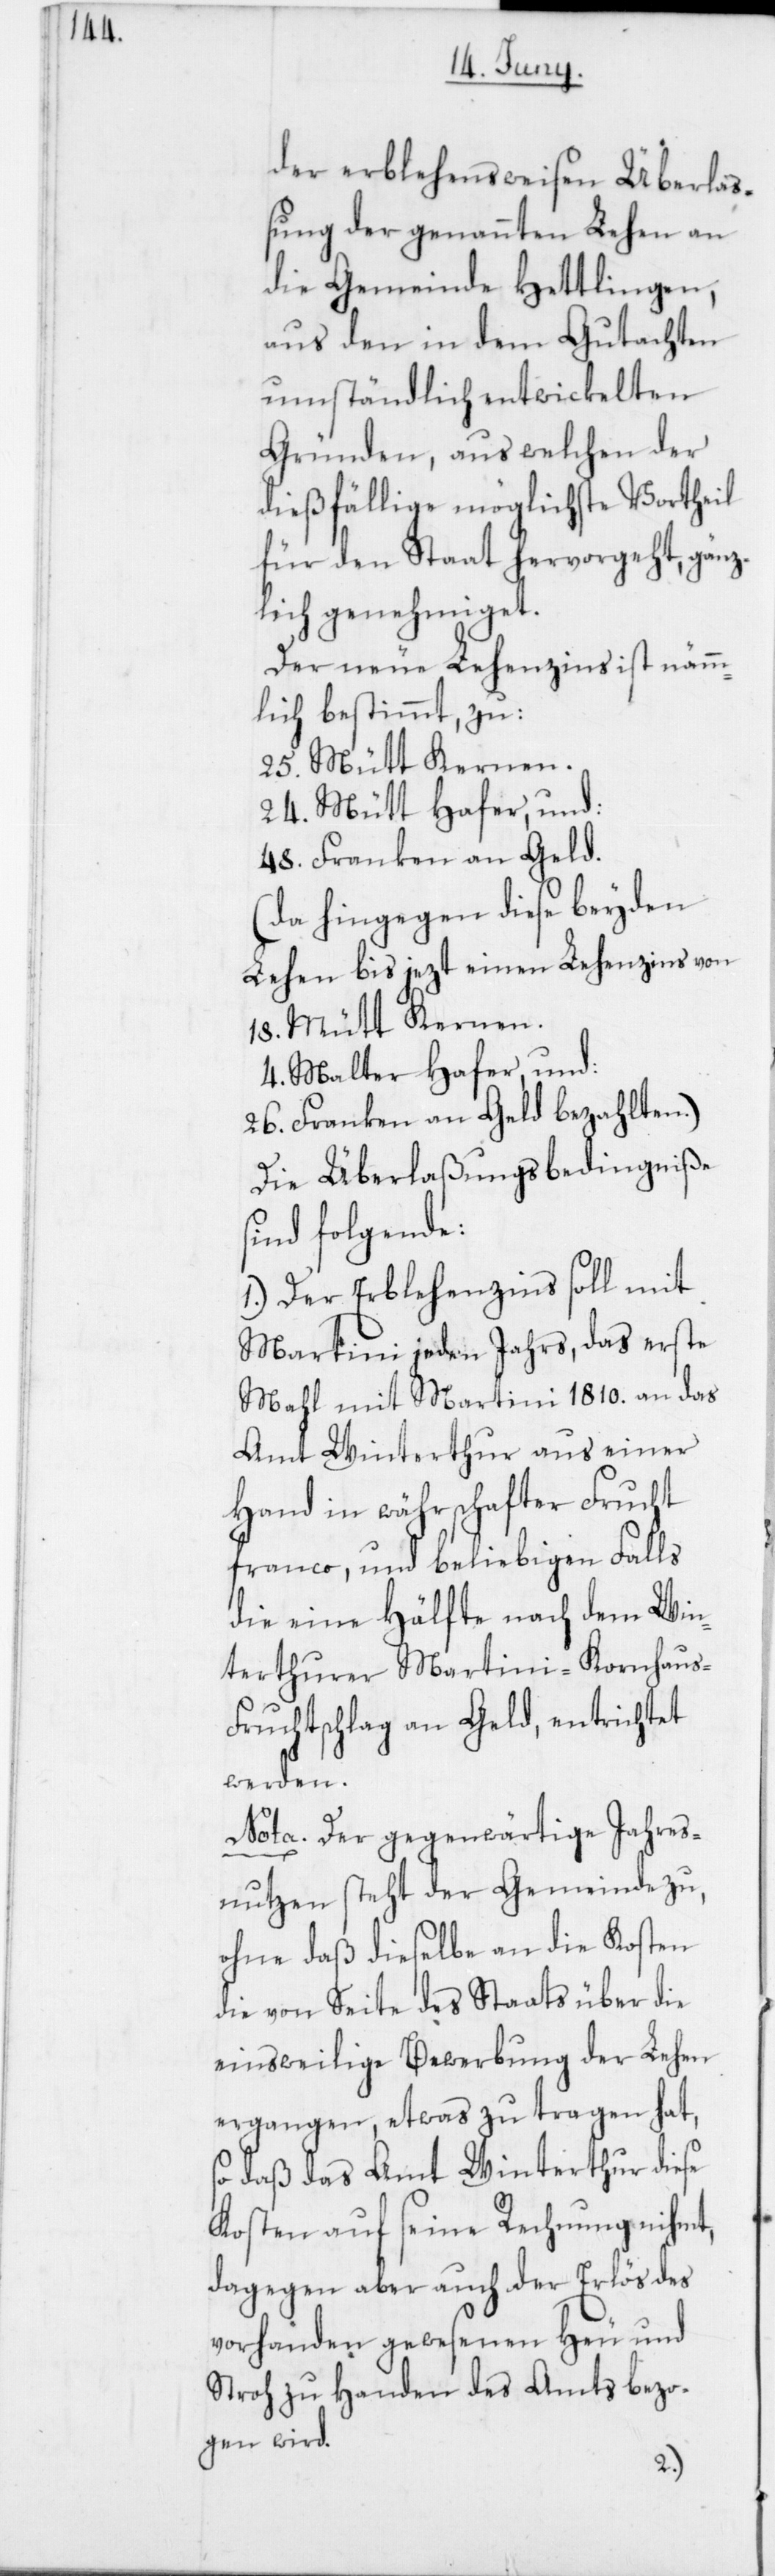
der erblehensweisen Überla¬
ßung der genannten Lehen an
die Gemeinde Hettlingen,
aus den in dem Gutachten
umständlich entwickelten
Gründen, aus welchen der
dießfällige möglichste Vortheil
für den Staat hervorgeht, gänz¬
lich genehmiget.
Der neue Lehenzins ist nämm¬
lich bestimmt zu:
25. Mütt Kernen
24. Mütt Hafer, und:
48. Franken an Geld.
(da hingegen diese beiden
Lehen bis jetzt einen Lehenzins von
18. Mütt Kernen.
4. Malter Hafer, und:
26. Franken an Geld bezahlten).
Die Überlaßungsbedingniße
sind folgende:
1. Der Erbelehenzins soll mit
Martini jeden Jahrs, das erste
Mahl mit Martini 1810. an das
Amt Winterthur aus einer
Hand in währschafter Frucht
franco, und beliebigen Falls
die eine Hälfte nach dem Win¬
terthurer Martini-Kornhau¬
s-Fruchtschlag an Geld, entrichtet
werden.
Nota. Der gegenwärtige Jahres¬
nutzen steht der Gemeinde zu,
ohne daß dieselbe an die Kosten
die von Seite des Staats über die
einstweilige Bewerbung der Lehen
ergangen, etwas zu tragen hat,
so daß das Amt Winterthur diese
Kosten auf seine Rechnung nihmt,
dagegen aber auch der Erlös des
vorhanden gewesenen Heu und
Stroh zu Handen des Amts bezo¬
gen wird.